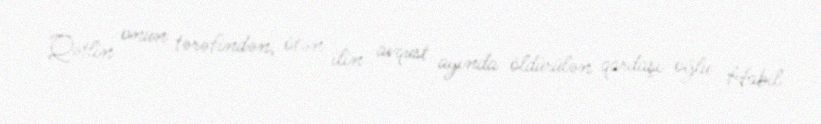
Qətlin onun tərəfindən, ötən ilin avqust ayında öldürülən qardaşı oğlu Habil